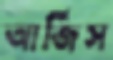
আর্জিস